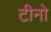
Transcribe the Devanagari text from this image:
टीनो